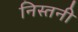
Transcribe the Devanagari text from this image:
निस्तनी